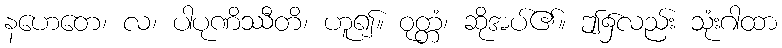
နဟေတေ၊ လ၊ ပါပုဏိဿီတိ၊ ဟူ၍။ ဝုတ္တံ၊ ဆိုအပ်၏။ ဤ၌လည်း သုံးဂါထာ